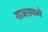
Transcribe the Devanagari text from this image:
गाजरामध्ये